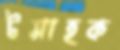
টমাহক